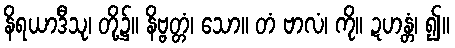
နိရယာဒီသု၊ တို့၌။ နိဗ္ဗတ္တံ၊ သော။ တံ ဗာလံ၊ ကို။ ဍဟန္တံ၊ ၍။